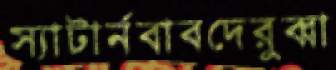
স্যাটার্নবাবদেরুব্বা